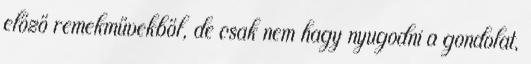
előző remekművekből, de csak nem hagy nyugodni a gondolat,